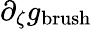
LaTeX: \partial_{\zeta}g_{\mathrm{brush}}